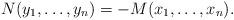
LaTeX: \begin{align*}N(y_1,\ldots,y_n)=-M(x_1,\ldots,x_n).\end{align*}